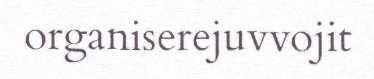
organiserejuvvojit